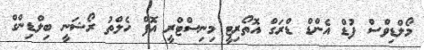
މޯލްޑިވްސް ފުޑް އެންޑް ޑްރަގް އޮތޯރިޓީ މިނިސްޓްރީ އޮފް ހެލްތު ރޯޝަނީ ބިލްޑިންގް